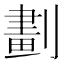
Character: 劃